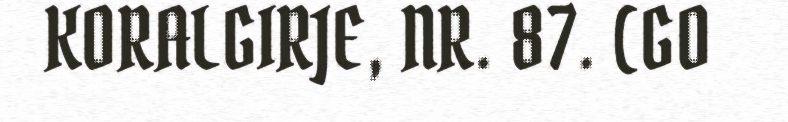
KORALGIRJE, NR. 87. (GO